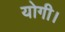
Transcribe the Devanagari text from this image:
योगी।